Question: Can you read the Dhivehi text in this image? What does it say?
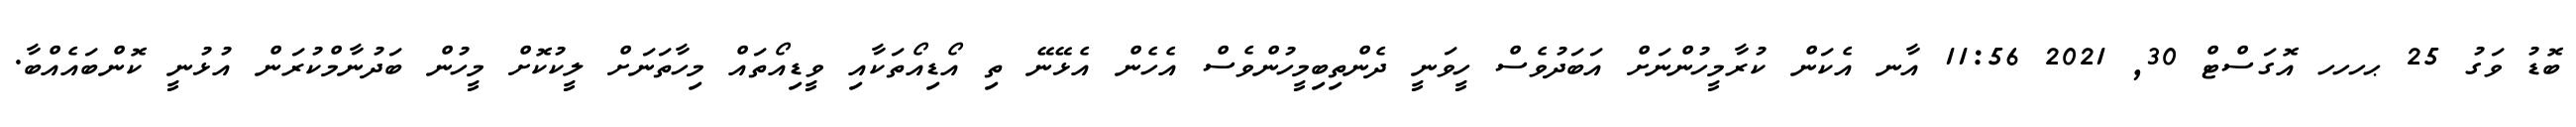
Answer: ބޮޑު ވަގު 25 ޙހހހ އޮގަސްޓް 30, 2021 11:56 އާނ އެކަން ކުރާމީހުންނަށް އަބަދުވެސް ހީވަނީ ދެންތިބިމީހުންވެސް އެހެން އެޅޭނޭ ތި އޯޑިއޯތަކާއި ވީޑިއޯތައް މިހާތަނަށް ލީކުކޮށް މީހުން ބަދުނާމްކުރަން އުޅުނީ ކޮންބައެއްބާ.